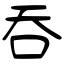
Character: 吞